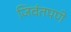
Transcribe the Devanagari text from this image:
जिवंतपणे